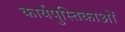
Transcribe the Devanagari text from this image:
कार्यपुस्तिकाओं